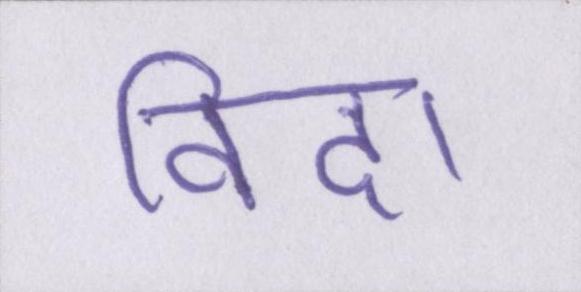
विदा